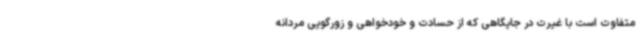
متفاوت است با غیرت در جایگاهی که از حسادت و خودخواهی و زورگویی مردانه